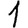
Digit: 1